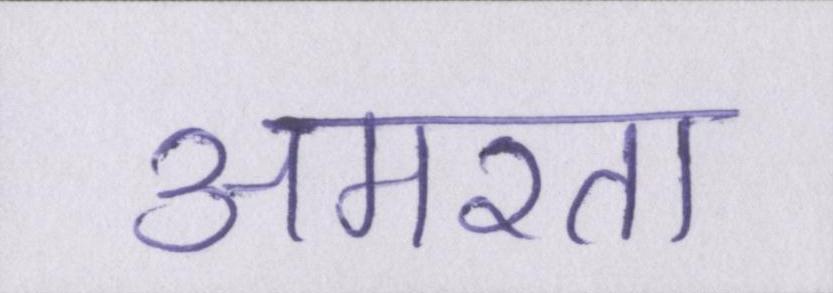
अमरता